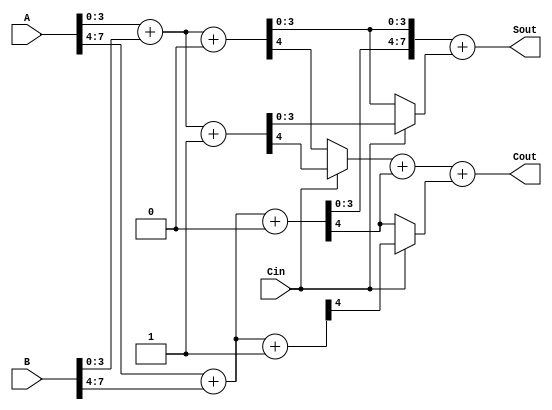
module carry_select_adder (
    input  wire [7:0] A,       // First n-bit binary number
    input  wire [7:0] B,       // Second n-bit binary number
    input  wire Cin,           // Carry input
    output wire [7:0] Sout,    // Sum output
    output wire Cout           // Carry output
);

    // Internal wires for the first segment (lower 4 bits)
    wire [3:0] S0, S1;         // Sum outputs for carry-in 0 and 1
    wire C0, C1;               // Carry outputs for carry-in 0 and 1

    // Internal wires for the second segment (upper 4 bits)
    wire [3:0] S2, S3;         // Sum outputs for carry-in 0 and 1
    wire C2, C3;               // Carry outputs for carry-in 0 and 1

    // First 4-bit adder for lower segment with Cin = 0
    assign {C0, S0} = A[3:0] + B[3:0] + 4'b0000;
    // First 4-bit adder for lower segment with Cin = 1
    assign {C1, S1} = A[3:0] + B[3:0] + 4'b0001;

    // Second 4-bit adder for upper segment with Cin = 0
    assign {C2, S2} = A[7:4] + B[7:4] + 4'b0000;
    // Second 4-bit adder for upper segment with Cin = 1
    assign {C3, S3} = A[7:4] + B[7:4] + 4'b0001;

    // Selecting the final sum and carry-out
    assign Sout = {S2, S0} + (Cin ? S1 : S0);
    assign Cout = (Cin ? C1 : C0) + C2 + (Cin ? C3 : C2);

endmodule